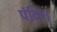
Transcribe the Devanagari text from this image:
पंक्‍ति